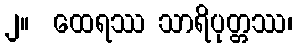
၂။  ထေရဿ သာရိပုတ္တဿ၊